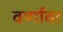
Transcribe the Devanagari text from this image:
वर्णावा